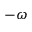
- \boldsymbol { \omega }